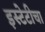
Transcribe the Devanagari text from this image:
इस्टेटीचा